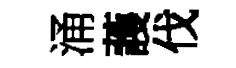
涌䕶伐